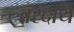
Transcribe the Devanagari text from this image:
वरदाय